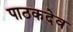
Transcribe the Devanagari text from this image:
पाठकदेव